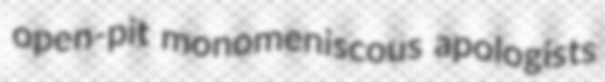
open-pit monomeniscous apologists